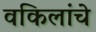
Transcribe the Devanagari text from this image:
वकिलांचे